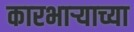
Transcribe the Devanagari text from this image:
कारभार्‍याच्या